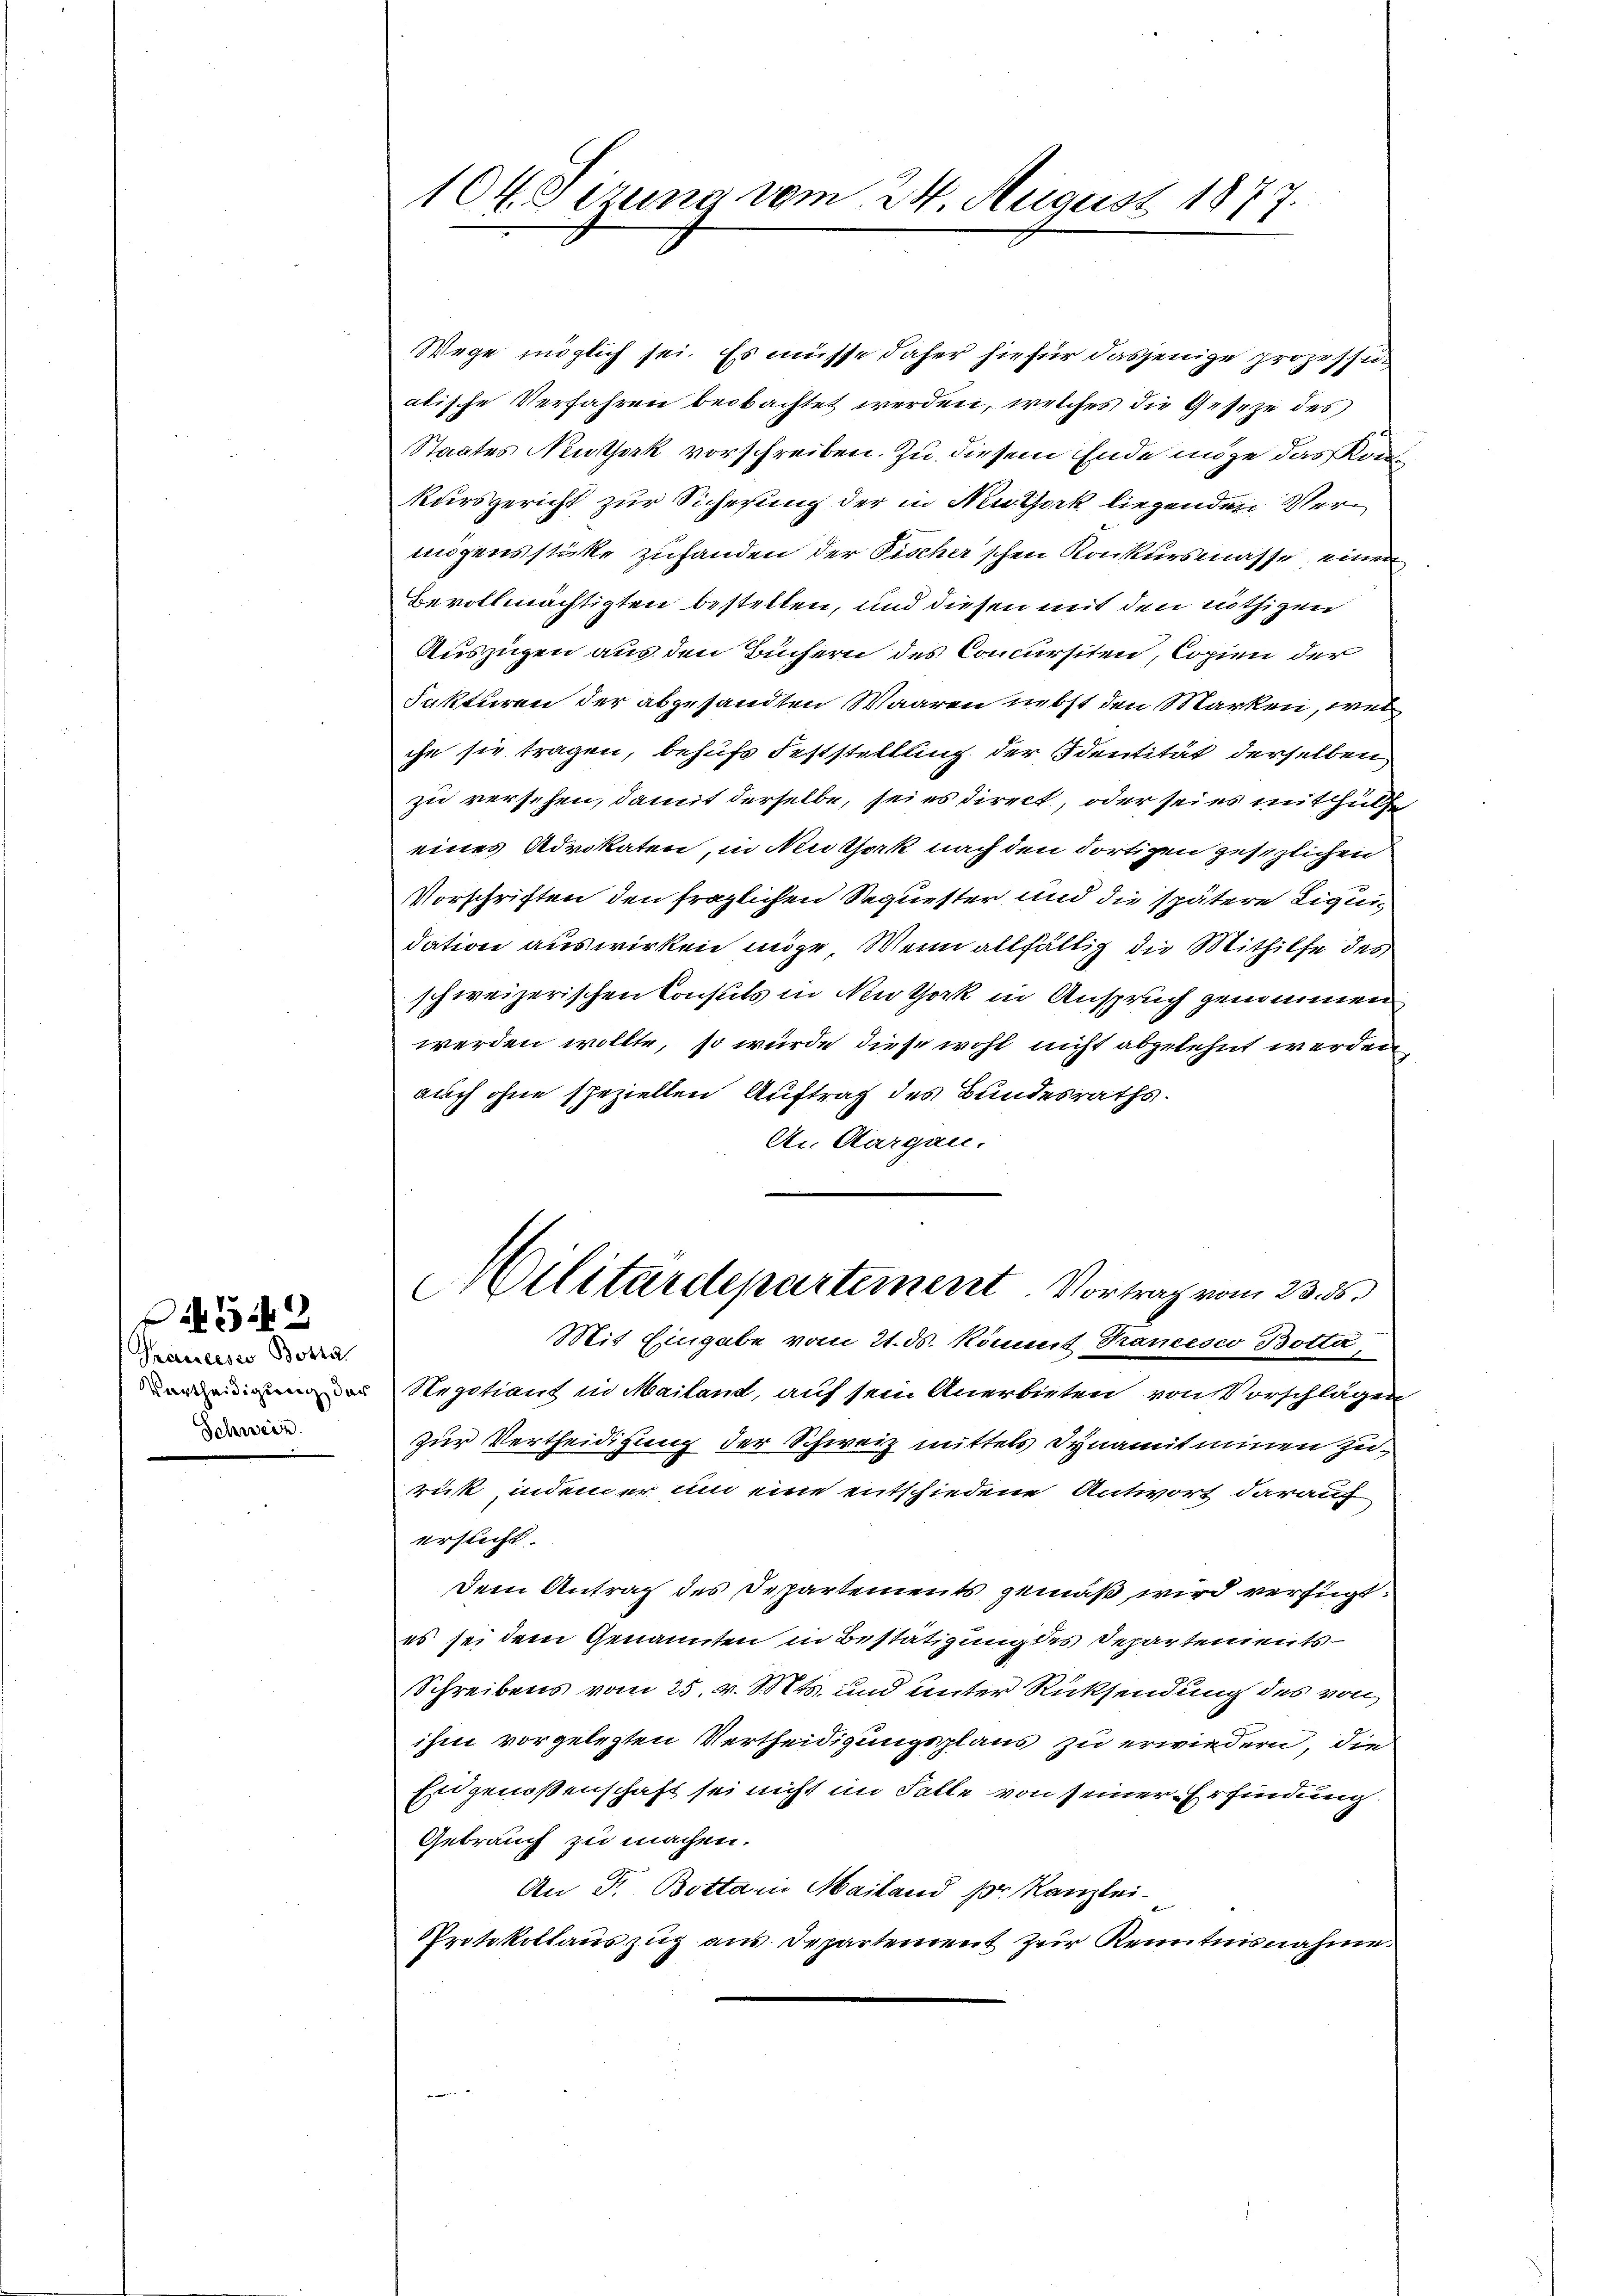
Sauceses Botta
Vertheidigung der
Biere.

Oi4542

10t. Sizung vom 24. August 1877

Wege möglich sei. Es müsse daher hiefür dasjenige prozessi
alische Verfahren beobachtet werden, welches die Geseze des
Staates Neuthork vorschreiben. Zu diesem Ende möge das Kon
kursgericht zur Sicherung der in Neuthork liegenden Vermögensstüke zuhanden der Pischer'schen Konkursmasse einen
Bevollmächtigten bestellen, und diesen mit den nöthigen
Auszügen aus den Büchern des Concursiten, Copien der
Fakturen der abgesandten Waaren nebst den Marken, wel
che sie tragen, behufs Feststellung der Identität derselben
zu versehen, damit derselbe, sei es direct, oder sei es mit Hülfe
eines Advokaten, in Nothek nach den dortigen gesezlichen
Vorschriften den fraglichen Sequester und die spätere Liquidation auswirken möge. Wenn allfältig die Mithilfe des
schweizerischen Consuls in New York in Anspruch genommen
werden wollte, so würde diese wohl nicht abgelehnt werden
auch ohne speziellen Auftrag des Bundesraths.
An Aargau.
Militärdepartement. Vortrag vom 23. 55.
Mit Eingabe vom 21. ds. kommt Rancesco Botta,
Negotiant in Mailand, auf sein Anerbieten von Vorschlägen
zur Vertheidigung der Schweiz mittels Synamitinnen zu
rick, indem er um eine entschiedene Antwort darauf
ersucht.
Dem Antrag des Departements gemäß wird verfügt:
es sei dem Genannten in Bestätigung des Departements-
Schreibens vom 25. v. Mts. und unter Rücksendung des von
ihm vorgelegten Vertheidigungsplans zu erwiedern, die
Eidgenoßenschaft sei nicht im Falle von seiner Erfindung
Gebrauch zu machen.
An Fr. Bottam Mailand pr. Kanzlei-
Protokollauszug aus. Departement zur Kenntnisnahme